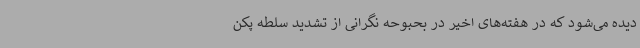
دیده می‌شود که در هفته‌های اخیر در بحبوحه نگرانی از تشدید سلطه پکن